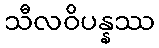
သီလဝိပန္နဿ